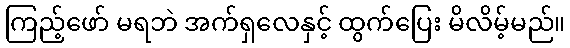
ကြည့်ဖော် မရဘဲ အက်ရှလေနှင့် ထွက်ပြေး မိလိမ့်မည်။